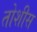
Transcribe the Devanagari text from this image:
तोशीस